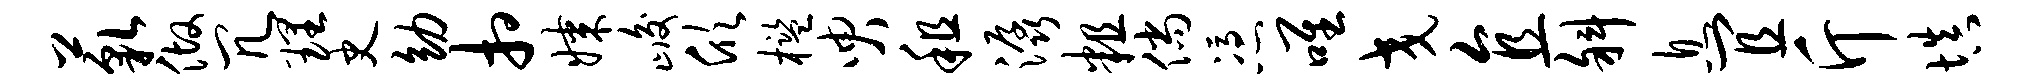
藐做冗理史幼相媒峻欣槛臾租潺粗倘凭唯交直斜息宜斤填